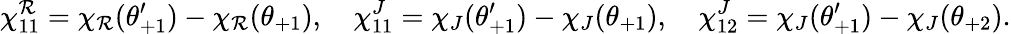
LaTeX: \chi_{11}^{\mathcal{R}}=\chi_{\mathcal{R}}(\theta_{+1}^{\prime})-\chi_{\mathcal{R}}(\theta_{+1}),\quad\chi_{11}^{J}=\chi_{J}(\theta_{+1}^{\prime})-\chi_{J}(\theta_{+1}),\quad\chi_{12}^{J}=\chi_{J}(\theta_{+1}^{\prime})-\chi_{J}(\theta_{+2}).